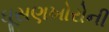
ઘૂસણખોરોની